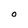
Character: O